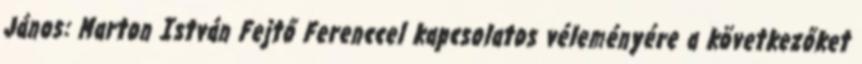
János: Marton István Fejtő Ferenccel kapcsolatos véleményére a következőket